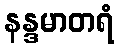
နန္ဒမာတရံ